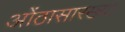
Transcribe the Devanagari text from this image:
ओंठासारख्या